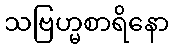
သဗြဟ္မစာရိနော